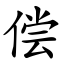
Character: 偿